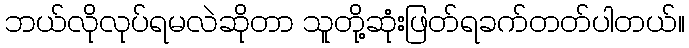
ဘယ်လိုလုပ်ရမလဲဆိုတာ သူတို့ဆုံးဖြတ်ရခက်တတ်ပါတယ်။